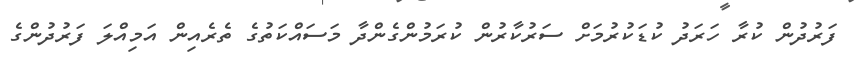
ފަރުދުން ކުރާ ހަރަދު ކުޑަކުރުމަށް ސަރުކާރުން ކުރަމުންގެންދާ މަސައްކަތުގެ ތެރެއިން އަމިއްލަ ފަރުދުންގެ